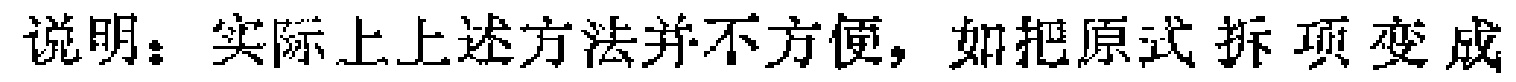
说明：实际上上述方法并不方便，如把原式拆项变成